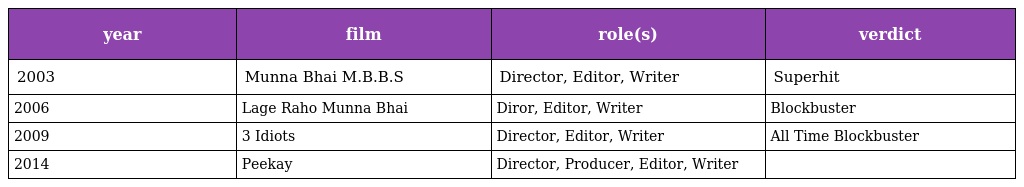
| year | film | role(s) | verdict |
 | --- | --- | --- | --- |
 | 2003 | Munna Bhai M.B.B.S | Director, Editor, Writer | Superhit |
 | 2006 | Lage Raho Munna Bhai | Diror, Editor, Writer | Blockbuster |
 | 2009 | 3 Idiots | Director, Editor, Writer | All Time Blockbuster |
 | 2014 | Peekay | Director, Producer, Editor, Writer |  |